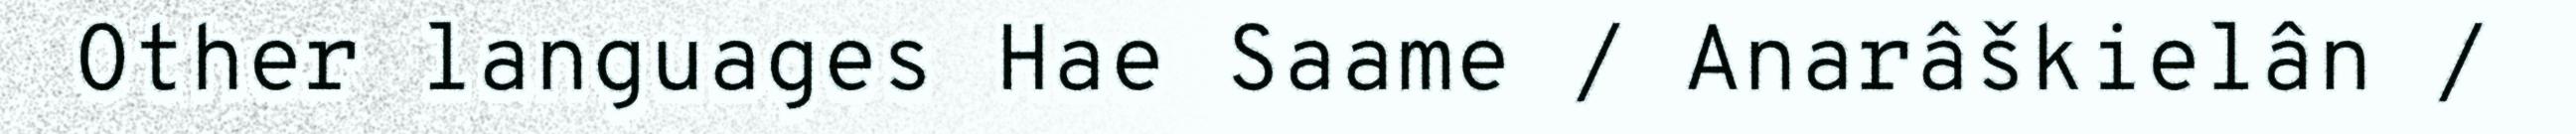
Other languages Hae Saame / Anarâškielân /